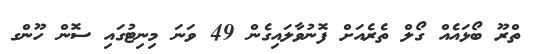
ތްރޫ ބޯޅައެއް ގޯލް ތެރެއަށް ފޮނުވާލައިގެން 49 ވަނަ މިނިޓުގައި ސޮން ހޫންގ